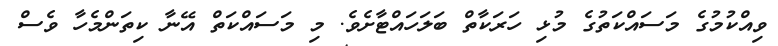
ވިއްކުމުގެ މަސައްކަތުގެ މުޅި ހަރަކާތް ބަލަހައްޓާށެވެ. މި މަސައްކަތް އޭނާ ކިތަންމެހާ ވެސް